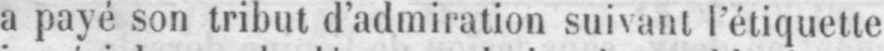
a payé son tribut d’admiration suivant l’étiquette